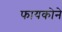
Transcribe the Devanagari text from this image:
फायकोने